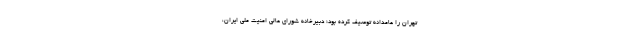
تهران را عامدانه توصیف کرده بود؛ دبیرخانه شورای عالی امنیت ملی ایران،